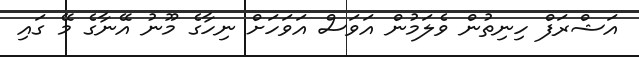
އަޝްރަފް ހިނިތުން ވެލަމުން އަވަސް އަވަހަށް ނިހާގެ މޫނު އޭނާގެ މޭ ގައި